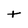
Character: t